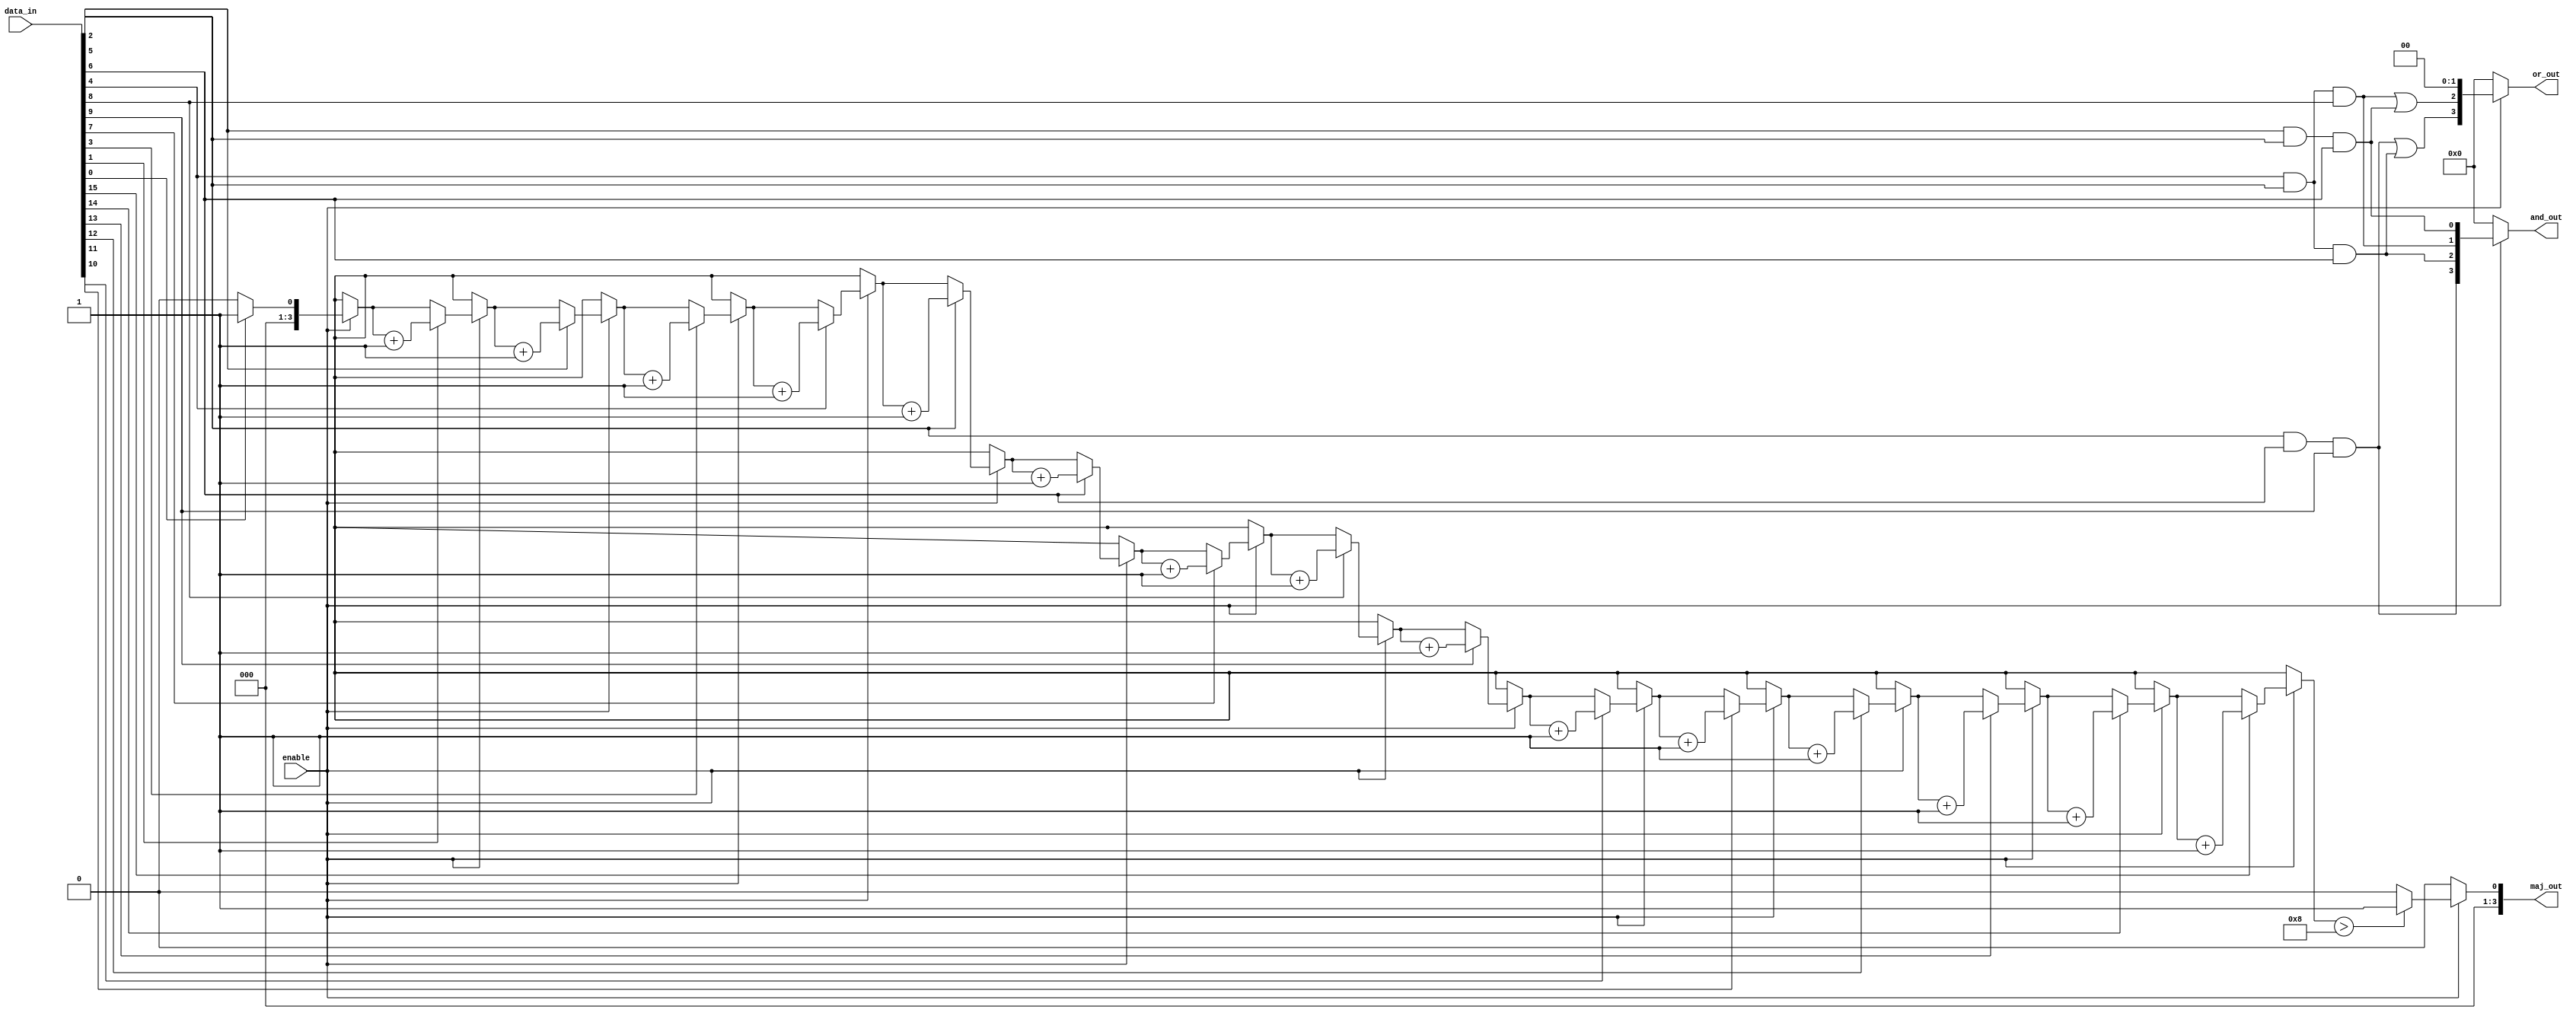
module adjacency_groups (
    input wire [15:0] data_in, // 4x4 grid input (16 signals)
    input wire enable,          // Control signal to enable processing
    output reg [3:0] and_out,   // Output for AND operation results
    output reg [3:0] or_out,    // Output for OR operation results
    output reg [3:0] maj_out     // Output for Majority Voting
);

    // Internal signals for adjacency checks
    wire [15:0] adj_check;

    // Assign adjacency check signals (2D adjacency)
    assign adj_check[0] = data_in[0] & data_in[1] & data_in[4]; // Top-left
    assign adj_check[1] = data_in[0] & data_in[1] & data_in[2]; // Top row
    assign adj_check[2] = data_in[1] & data_in[2] & data_in[5]; // Top-right
    assign adj_check[3] = data_in[0] & data_in[4] & data_in[5]; // Left column
    assign adj_check[4] = data_in[1] & data_in[4] & data_in[5] & data_in[6]; // Middle
    assign adj_check[5] = data_in[2] & data_in[5] & data_in[6]; // Right column
    assign adj_check[6] = data_in[4] & data_in[5] & data_in[8]; // Bottom-left
    assign adj_check[7] = data_in[4] & data_in[5] & data_in[6]; // Bottom row
    assign adj_check[8] = data_in[5] & data_in[6] & data_in[9]; // Bottom-right

    // Majority Voting Logic
    function [3:0] majority_vote(input [15:0] group);
        integer i;
        reg [3:0] count;
        begin
            count = 0;
            for (i = 0; i < 16; i = i + 1) begin
                if (group[i]) count = count + 1;
            end
            majority_vote = (count > 8) ? 1 : 0; // Majority if more than half are '1'
        end
    endfunction

    always @(*) begin
        if (enable) begin
            // Perform logical operations based on adjacency checks
            and_out = {adj_check[8], adj_check[7], adj_check[6], adj_check[5]};
            or_out = {adj_check[8] | adj_check[7], adj_check[6] | adj_check[5], 1'b0, 1'b0};
            maj_out = majority_vote(data_in);
        end else begin
            and_out = 4'b0000;
            or_out = 4'b0000;
            maj_out = 4'b0000;
        end
    end
endmodule